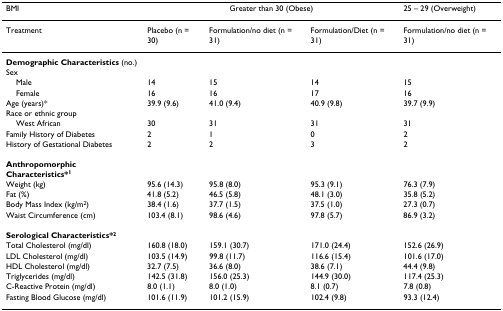
| BMI | <COLSPAN=3> Greater than 30 (Obese) | 25 – 29 (Overweight) |
 | --- | --- | --- | --- | --- |
 | Treatment | Placebo (n = 30) | Formulation/no diet (n = 31) | Formulation/Diet (n = 31) | Formulation/no diet (n = 31) |
 | Demographic Characteristics (no.) |  |  |  |  |
 | Sex |  |  |  |  |
 | Male | 14 | 15 | 14 | 15 |
 | Female | 16 | 16 | 17 | 16 |
 | Age (years)* | 39.9 (9.6) | 41.0 (9.4) | 40.9 (9.8) | 39.7 (9.9) |
 | Race or ethnic group |  |  |  |  |
 | West African | 30 | 31 | 31 | 31 |
 | Family History of Diabetes | 2 | 1 | 0 | 2 |
 | History of Gestational Diabetes | 2 | 2 | 3 | 2 |
 | Anthropomorphic Characteristics*1 |  |  |  |  |
 | Weight (kg) | 95.6 (14.3) | 95.8 (8.0) | 95.3 (9.1) | 76.3 (7.9) |
 | Fat (%) | 41.8 (5.2) | 46.5 (5.8) | 48.1 (3.0) | 35.8 (5.2) |
 | Body Mass Index (kg/m2) | 38.4 (1.6) | 37.7 (1.5) | 37.5 (1.0) | 27.3 (0.7) |
 | Waist Circumference (cm) | 103.4 (8.1) | 98.6 (4.6) | 97.8 (5.7) | 86.9 (3.2) |
 | Serological Characteristics*2 |  |  |  |  |
 | Total Cholesterol (mg/dl) | 160.8 (18.0) | 159.1 (30.7) | 171.0 (24.4) | 152.6 (26.9) |
 | LDL Cholesterol (mg/dl) | 103.5 (14.9) | 99.8 (11.7) | 116.6 (15.4) | 101.6 (17.0) |
 | HDL Cholesterol (mg/dl) | 32.7 (7.5) | 36.6 (8.0) | 38.6 (7.1) | 44.4 (9.8) |
 | Triglycerides (mg/dl) | 142.5 (31.8) | 156.0 (25.3) | 144.9 (30.0) | 117.4 (25.3) |
 | C-Reactive Protein (mg/dl) | 8.0 (1.1) | 8.0 (1.0) | 8.1 (0.7) | 7.8 (0.8) |
 | Fasting Blood Glucose (mg/dl) | 101.6 (11.9) | 101.2 (15.9) | 102.4 (9.8) | 93.3 (12.4) |